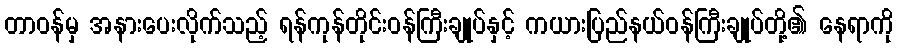
တာဝန်မှ အနားပေးလိုက်သည့် ရန်ကုန်တိုင်းဝန်ကြီးချုပ်နှင့် ကယားပြည်နယ်ဝန်ကြီးချုပ်တို့၏ နေရာကို